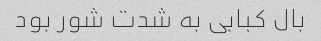
بال کبابی به شدت شور بود